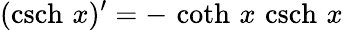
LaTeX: (\operatorname{csch}\, x)^{\prime}=-\, \coth\, x\, \operatorname{csch}\, x